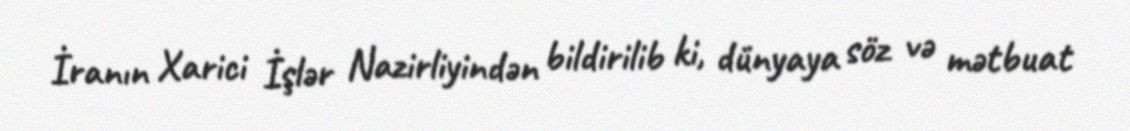
İranın Xarici İşlər Nazirliyindən bildirilib ki, dünyaya söz və mətbuat